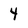
Character: 4